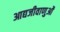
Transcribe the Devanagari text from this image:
आद्यजीवाणुओं